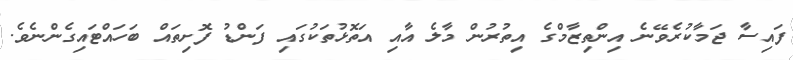
ފައިސާ ޖަމާކުރެވޭނެ އިންތިޒާމްގެ އިތުރުން މާލެ އާއި އަތޮޅުތަކުގައި ފަންޑު ފޮށިިތައް ބަހައްޓައިގެންނެވެ.